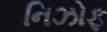
નિઝોફ